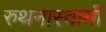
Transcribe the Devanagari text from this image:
रुथनास्वामी